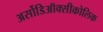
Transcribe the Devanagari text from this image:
अर्सोडिऑक्सीकोलिक